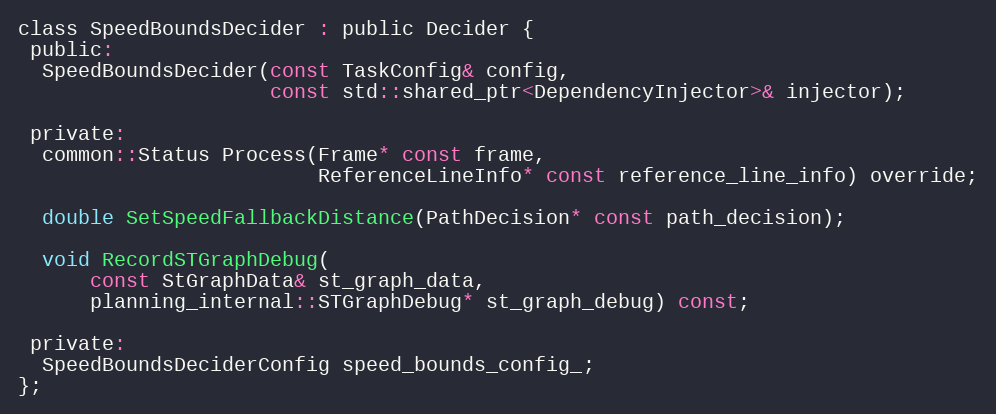
Language: C
class SpeedBoundsDecider : public Decider {
 public:
  SpeedBoundsDecider(const TaskConfig& config,
                     const std::shared_ptr<DependencyInjector>& injector);

 private:
  common::Status Process(Frame* const frame,
                         ReferenceLineInfo* const reference_line_info) override;

  double SetSpeedFallbackDistance(PathDecision* const path_decision);

  void RecordSTGraphDebug(
      const StGraphData& st_graph_data,
      planning_internal::STGraphDebug* st_graph_debug) const;

 private:
  SpeedBoundsDeciderConfig speed_bounds_config_;
};